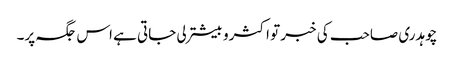
چوہدری صاحب کی خبر تو اکثرو بیشتر لی جاتی ہے اس جگہ پر۔